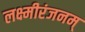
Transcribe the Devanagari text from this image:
लक्ष्मीरंजनम्